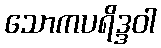
သောကပရိဒ္ဒဝါ